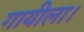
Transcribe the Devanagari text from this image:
गायीला।